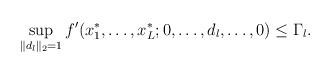
\begin{align*}\sup_{\|d_l\|_2=1}f'(x_1^*,\ldots,x_L^*;0,\ldots,d_l,\ldots,0)\le\Gamma_l.\end{align*}